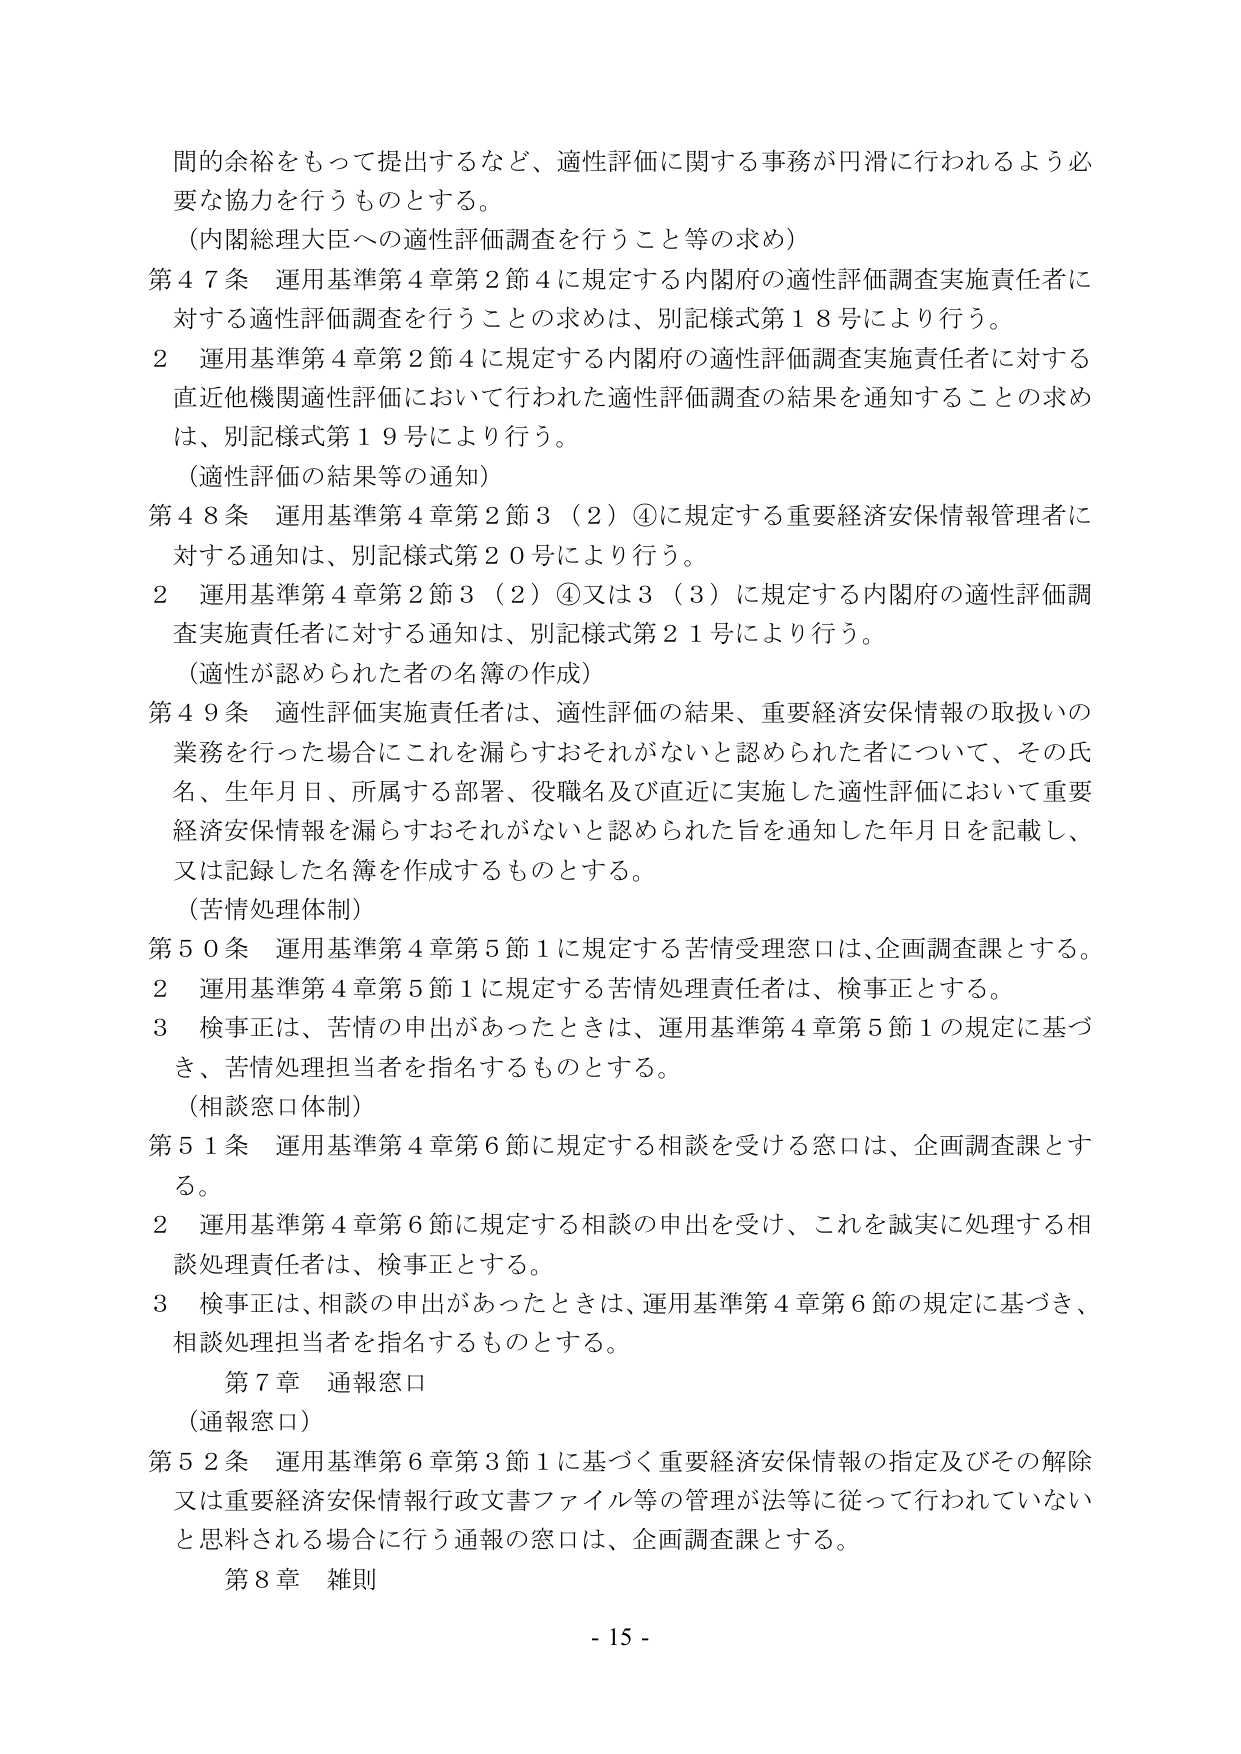
間の余裕をもって提出するなど、適性評価に関する事務が円滑に行われるよう必要な協力を行うものとする。

（内閣総理大臣への適性評価調査を行うこと等の求め）

第47条 運用基準第4章第2節4に規定する内閣府の適性評価調査実施責任者に対する適性評価調査を行うことの求めは、別記様式第18号により行う。

2 運用基準第4章第2節4に規定する内閣府の適性評価調査実施責任者に対する直近他機関適性評価において行われた適性評価調査の結果を通知することの求めは、別記様式第19号により行う。

（適性評価の結果等の通知）

第48条 運用基準第4章第2節3（2）④に規定する重要経済安保情報管理者に対する通知は、別記様式第20号により行う。

2 運用基準第4章第2節3（2）④又は3（3）に規定する内閣府の適性評価調査実施責任者に対する通知は、別記様式第21号により行う。

（適性が認められた者の名簿の作成）

第49条 適性評価実施責任者は、適性評価の結果、重要経済安保情報の取扱いの業務を行った場合にこれを漏らすおそれがないと認められた者について、その氏名、生年月日、所属する部署、役職名及び直近に実施した適性評価において重要経済安保情報を漏らすおそれがないと認められた旨を通知した年月日を記載し、又は記録した名簿を作成するものとする。

（苦情処理体制）

第50条 運用基準第4章第5節1に規定する苦情受理窓口は、企画調査課とする。

2 運用基準第4章第5節1に規定する苦情処理責任者は、検事正とする。

3 検事正は、苦情の申出があったときは、運用基準第4章第5節1の規定に基づき、苦情処理担当者を指名するものとする。

（相談窓口体制）

第51条 運用基準第4章第6節に規定する相談を受ける窓口は、企画調査課とする。

2 運用基準第4章第6節に規定する相談の申出を受け、これを誠実に処理する相談処理責任者は、検事正とする。

3 検事正は、相談の申出があったときは、運用基準第4章第6節の規定に基づき、相談処理担当者を指名するものとする。

第7章 通報窓口

（通報窓口）

第52条 運用基準第6章第3節1に基づく重要経済安保情報の指定及びその解除又は重要経済安保情報行政文書ファイル等の管理が法等に従って行われていないと思料される場合に行う通報の窓口は、企画調査課とする。

第8章 雑則

- 15 -